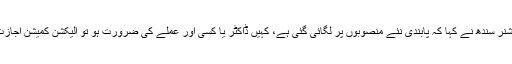
الیکشن کمشنر سندھ نے کہا کہ پابندی نئے منصوبوں پر لگائی گئی ہے، کہیں ڈاکٹر یا کسی اور عملے کی ضرورت ہو تو الیکشن کمیشن اجازت دیتا ہے۔